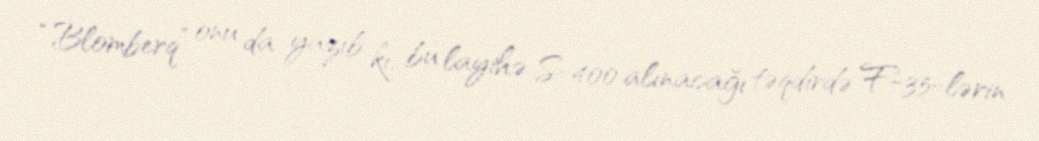
“Blomberq” onu da yazıb ki, bu layihə S-400 alınacağı təqdirdə F-35-lərin